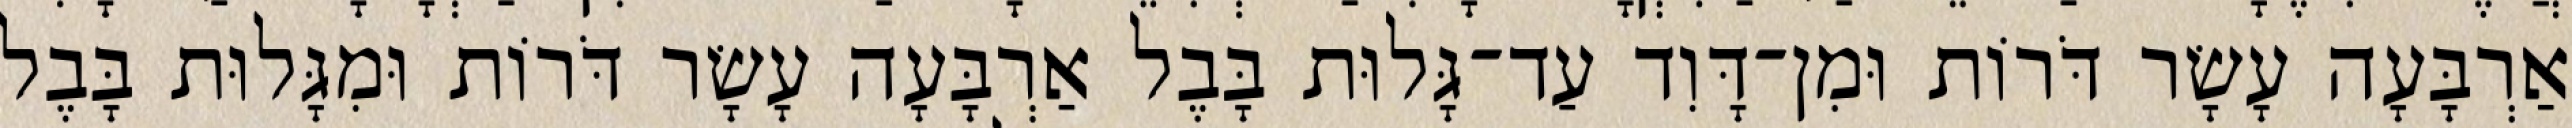
אַרְבָּעָה עָשָׂר דֹּרוֹת וּמִן־דָּוִד עַד־גָּלוּת בָּבֶל אַרְבָּעָה עָשָׂר דֹּרוֹת וּמִגָּלוּת בָּבֶל